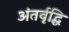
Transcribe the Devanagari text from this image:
अंतर्वृद्धि